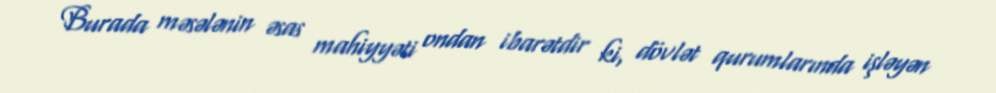
Burada məsələnin əsas mahiyyəti ondan ibarətdir ki, dövlət qurumlarında işləyən